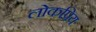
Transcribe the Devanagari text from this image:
लोकप्रिय